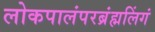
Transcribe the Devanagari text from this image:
लोकपालंपरब्रंह्मलिंगं